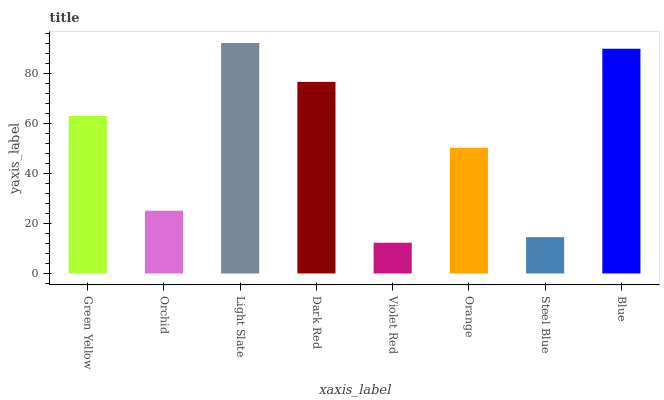
| xaxis_label | bars |
 | --- | --- |
 | Green Yellow | 63.1 |
 | Orchid | 25.1 |
 | Light Slate | 92.3 |
 | Dark Red | 76.7 |
 | Violet Red | 12.3 |
 | Orange | 50.3 |
 | Steel Blue | 14.5 |
 | Blue | 90 |